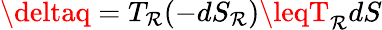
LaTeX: \deltaq=T_{\mathcal{R}}(-dS_{\mathcal{R}})\leqT_{\mathcal{R}}dS